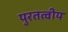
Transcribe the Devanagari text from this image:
पुरतत्वीय